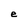
Character: e